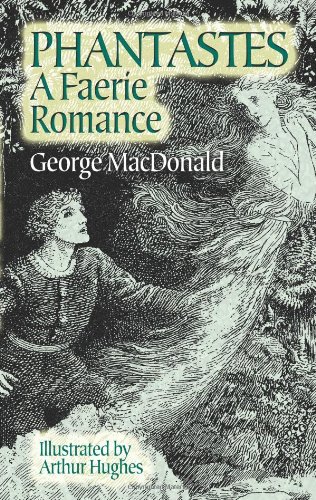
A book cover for Phantastes: A Faerie Romance; George MacDonald; Christian Books & Bibles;